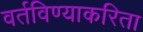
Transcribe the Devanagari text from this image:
वर्तविण्याकरिता